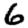
Digit: 6